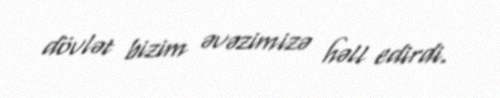
dövlət bizim əvəzimizə həll edirdi.